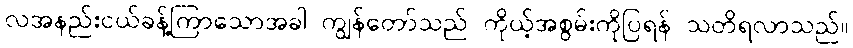
လအနည်းငယ်ခန့်ကြာသောအခါ ကျွန်တော်သည် ကိုယ့်အစွမ်းကိုပြရန် သတိရလာသည်။